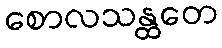
စောလသန္ထတေ